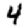
Digit: 4